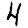
Digit: 4